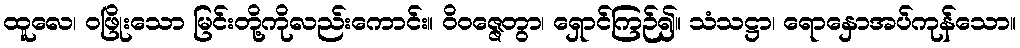
ထူလေ၊ ဝဖြိုးသော မြင်းတို့ကိုလည်းကောင်း။ ဝိဝဇ္ဇေတွာ၊ ရှောင်ကြဉ်၍။ သံသဋ္ဌာ၊ ရောနှောအပ်ကုန်သော။